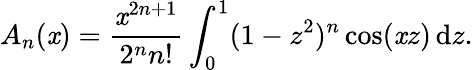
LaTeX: A_{n}(\mathit{x})={\frac{{\mathit{x}^{2n+1}}}{{2^{n}n!}}}\int_{0}^{1}(1-z^{2})^{n}\cos(\mathit{x}z)\, \mathrm{{d}}z.